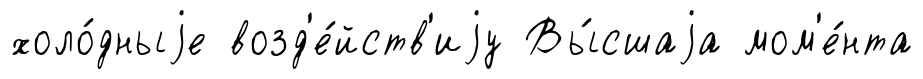
холо́дныjе возд'е́йств'иjу Вы́сшаjа мом'е́нта